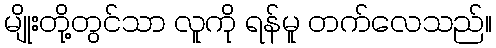
မျိုးတို့တွင်သာ လူကို ရန်မူ တက်လေသည်။